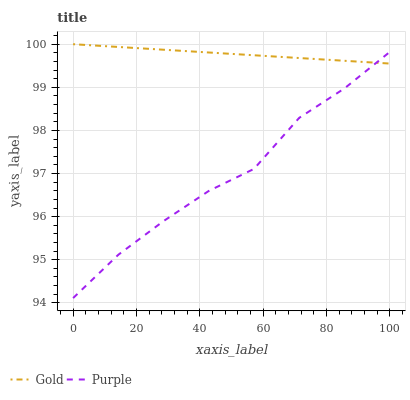
| xaxis_label | Gold | Purple |
 | --- | --- | --- |
 | 0 | 100 | 94.1 |
 | 14.3 | 99.9 | 95.1 |
 | 28.6 | 99.9 | 95.9 |
 | 42.9 | 99.8 | 96.6 |
 | 57.1 | 99.7 | 97.1 |
 | 71.4 | 99.7 | 98.3 |
 | 85.7 | 99.6 | 99 |
 | 100 | 99.6 | 99.8 |